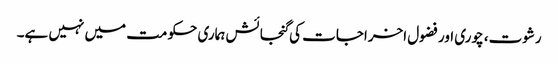
رشوت، چوری اور فضول اخراجات کی گنجائش ہماری حکومت میں نہیں ہے۔